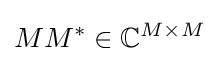
MM^{*}\in \mathbb {C} ^{M\times M}